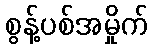
စွန့်ပစ်အမှိုက်